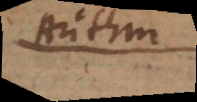
Arithm.